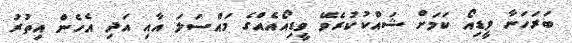
ބަރަހަނާ ވީޑިއޯ ކަމަށް ޝައްކުކުރެވޭ ވީޑިއޯއެއްގެ މައްސަލަ އާއި އަދި އެހެން އިތުރު